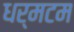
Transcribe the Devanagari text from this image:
धर्मटम